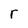
Character: r